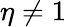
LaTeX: \eta\neq 1